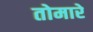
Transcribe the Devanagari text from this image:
तोमारे